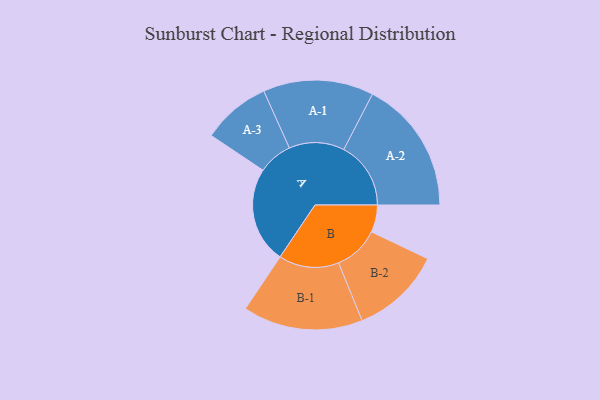
{"axis": {"x": "Segment", "y": "Value"}, "legend": ["", "A", "B"], "data": [{"x": "A", "y": 399, "type": ""}, {"x": "B", "y": 113, "type": ""}, {"x": "A-1", "y": 229, "type": "A"}, {"x": "A-2", "y": 278, "type": "A"}, {"x": "A-3", "y": 142, "type": "A"}, {"x": "B-1", "y": 249, "type": "B"}, {"x": "B-2", "y": 188, "type": "B"}]}